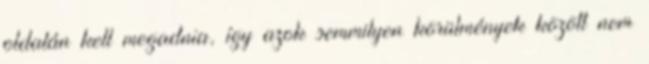
oldalán kell megadnia, így azok semmilyen körülmények között nem